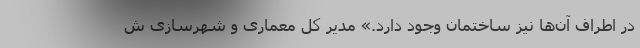
در اطراف آن‌ها نیز ساختمان وجود دارد.» مدیر کل معماری و شهرسازی ش